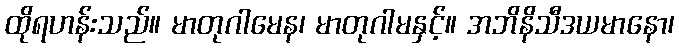
ထိုရဟန်းသည်။ မာတုဂါမေန၊ မာတုဂါမနှင့်။ အဘိနိသီဒယမာနော၊